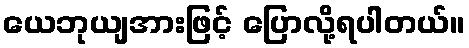
ယေဘုယျအားဖြင့် ပြောလို့ရပါတယ်။